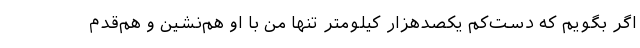
اگر بگویم که دست‌کم یکصدهزار کیلومتر تنها من با او هم‌نشین و هم‌قدم